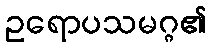
ဥရောပသမဂ္ဂ၏